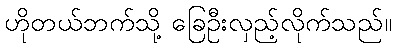
ဟိုတယ်ဘက်သို့ ခြေဦးလှည့်လိုက်သည်။